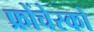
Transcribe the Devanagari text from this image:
फ्रोंचेस्को